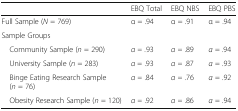
<table><thead><tr><td></td><td><b>EBQ Total</b></td><td><b>EBQ NBS</b></td><td><b>EBQ PBS</b></td></tr></thead><tbody><tr><td>Full Sample (<i>N</i> = 769)</td><td>α = .94</td><td>α = .91</td><td>α = .94</td></tr><tr><td colspan="4">Sample Groups</td></tr><tr><td> Community Sample (<i>n</i> = 290)</td><td><i>α = .</i>93</td><td><i>α =</i> .89</td><td><i>α</i> = .94</td></tr><tr><td> University Sample (<i>n</i> = 283)</td><td><i>α</i> = .93</td><td><i>α =</i> .87</td><td><i>α</i> = .93</td></tr><tr><td> Binge Eating Research Sample (<i>n</i> = 76)</td><td><i>α =</i> .84</td><td><i>α = .</i>76</td><td><i>α</i> = .92</td></tr><tr><td> Obesity Research Sample (<i>n</i> = 120)</td><td><i>α =</i> .92</td><td><i>α =</i> .86</td><td><i>α</i> = .94</td></tr></tbody></table>